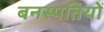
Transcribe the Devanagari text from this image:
बनस्पतियों